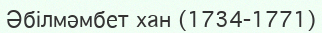
Әбілмәмбет хан (1734-1771)